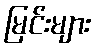
မြင်းများ